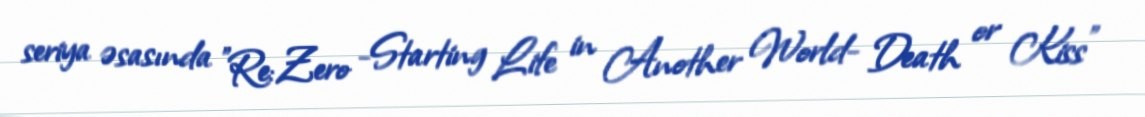
seriya əsasında "Re:Zero -Starting Life in Another World- Death or Kiss"